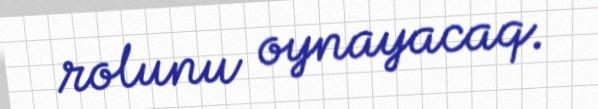
rolunu oynayacaq.